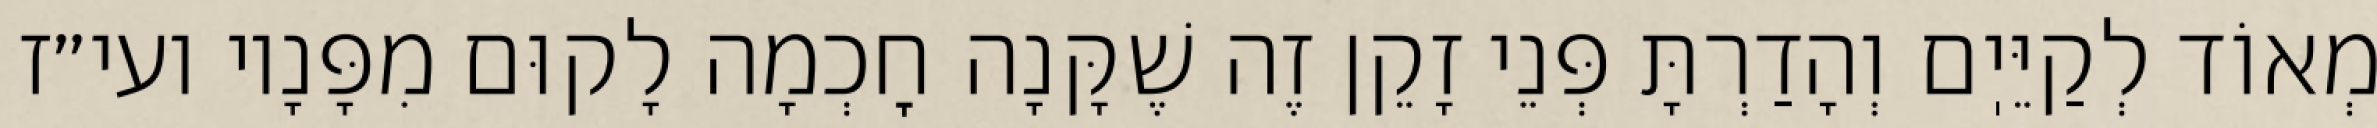
מְאוֹד לְקַיֵּיֽם וְהָדַרְתָּ פְּנֵי זָקֵן זֶה שֶׁקָּנָה חׇכְמָה לָקוּם מִפָּנָיו ועי״ז